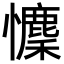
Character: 𢥄